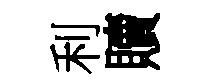
利贖